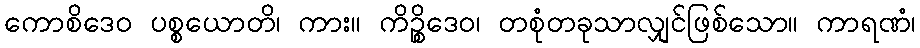
ကောစိဒေဝ ပစ္စယောတိ၊ ကား။ ကိဉ္စိဒေဝ၊ တစုံတခုသာလျှင်ဖြစ်သော။ ကာရဏံ၊